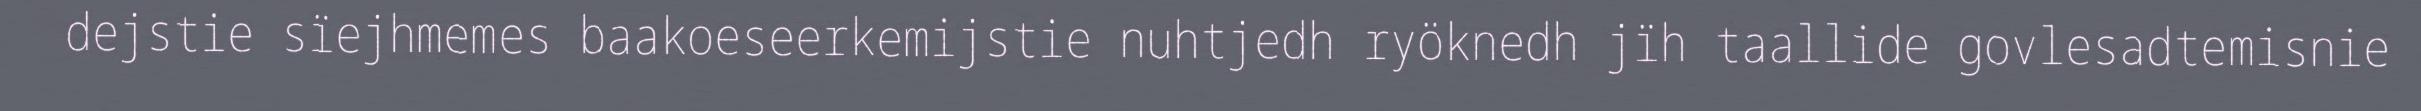
dejstie sïejhmemes baakoeseerkemijstie nuhtjedh ryöknedh jïh taallide govlesadtemisnie